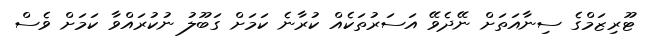
ޓޫރިޒަމްގެ ސިނާއަތަށް ނޭދެވޭ އަސަރުތަކެއް ކުރާނެ ކަމަށް ގަބޫލު ނުކުރައްވާ ކަމަށް ވެސް